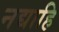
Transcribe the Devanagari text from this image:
नद्याहि